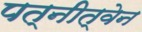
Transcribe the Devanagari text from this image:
पत्नीत्वेन